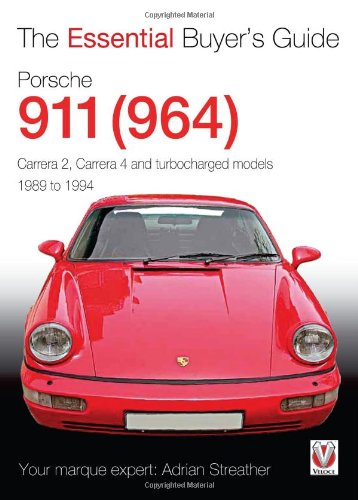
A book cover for Porsche 911 (964): Carrera 2, Carrera 4 and Turbocharged Models 1989 to 1994 (The Essential Buyer's Guide); Adrian Streather; Engineering & Transportation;